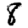
Digit: 8